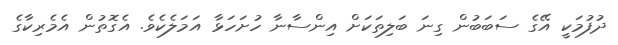
ދުފުމަކީ އޭގެ ސަބަބުން ގިނަ ބަލިތަކަށް އިންސާނާ ހުށަހަޅާ އަމަލެކެވެ. އެގޮތުން އެމެރިކާގެ